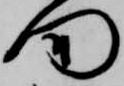
門